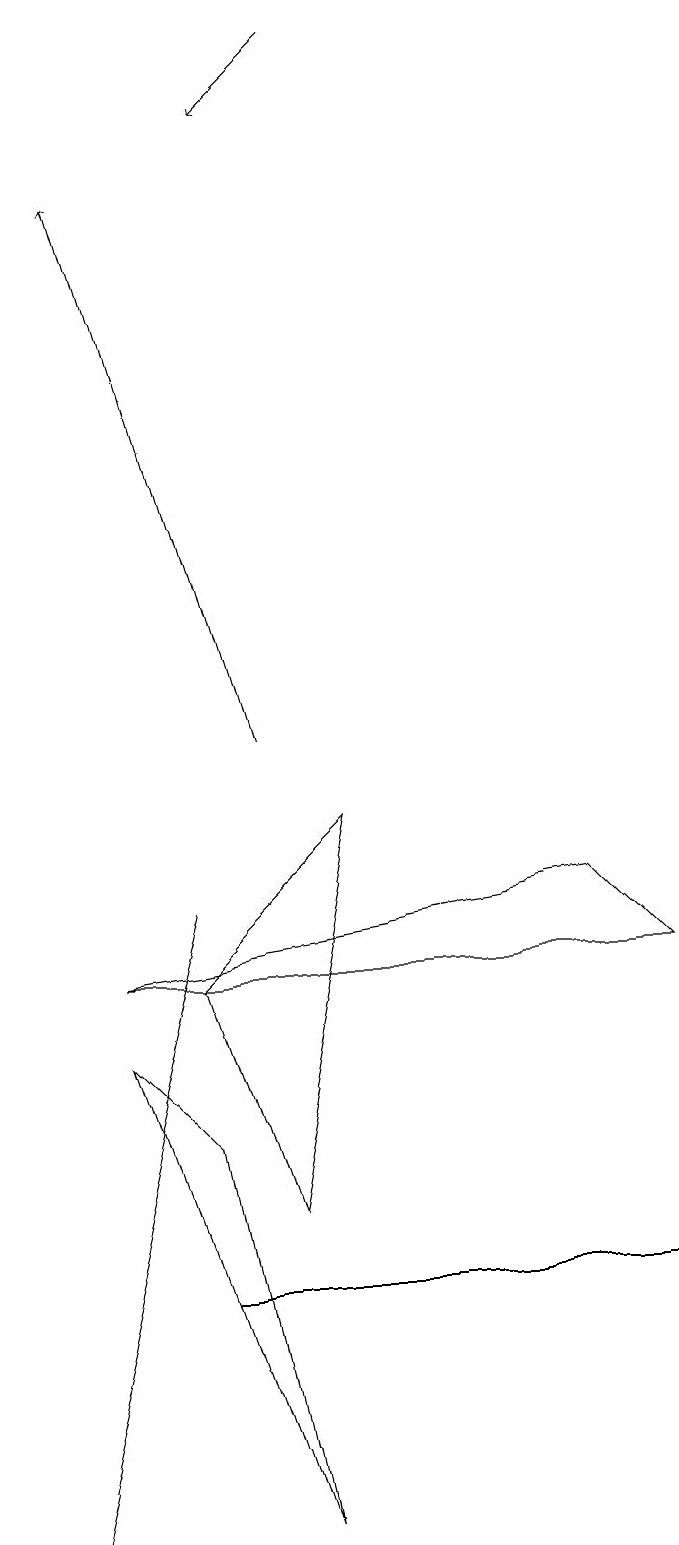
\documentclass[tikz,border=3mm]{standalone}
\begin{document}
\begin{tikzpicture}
\draw (1,6) -- (2,5) -- (3,0) -- cycle;
\draw[->] (4,19) -- (3,18);
\draw (7,8) -- (8,7) -- (1,7) -- cycle;
\draw (3,4) -- (2,7) -- (4,9) -- cycle;
\draw[->] (3,10) -- (1,17);
\draw (0,0) -- (2,8) -- (0,0) -- cycle;
\draw (7,3) -- (8,3) -- (2,3) -- cycle;
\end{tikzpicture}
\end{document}